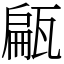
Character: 甂